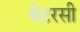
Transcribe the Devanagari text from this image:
बेटरसी